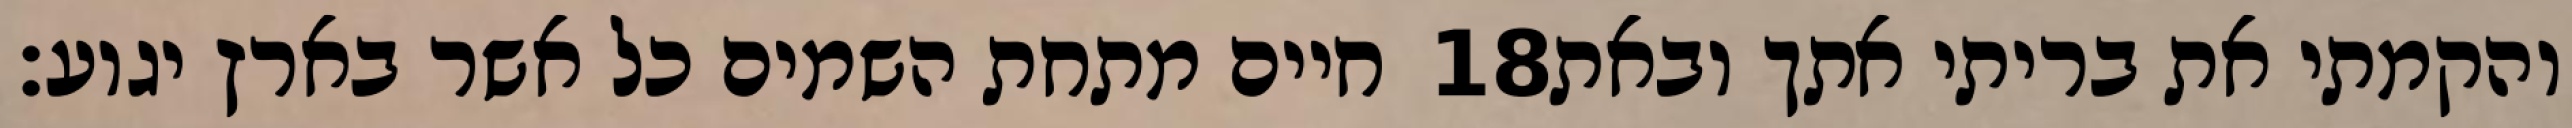
חיים מתחת השמים כל אשר בארץ יגוע׃ ‎18‏ והקמתי את בריתי אתך ובאת